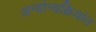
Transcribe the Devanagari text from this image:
अन्योन्यक्रियांत